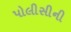
પોલીસીની